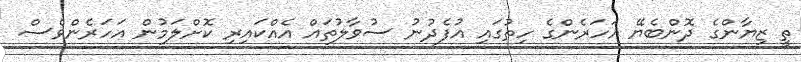
ތީ ޒިޔާންގެ ދޮންބެޔޭ އަހަރެންގެ ހިތުގައި އުފެދުނު ސުވާލުތައް އެއްކައިރި ކޮށްލަމުން އަހަރެންވެސް